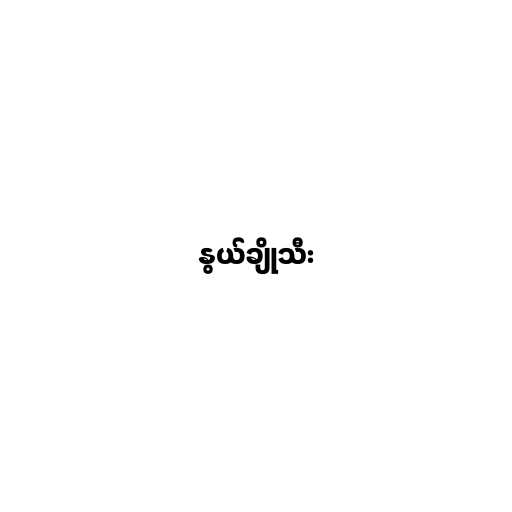
နွယ်ချိုသီး